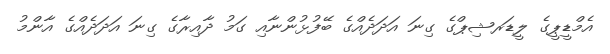
އެމްޑީޕީގެ ލީޑަރޝިޕްގެ ގިނަ އަދަދެއްގެ ބޭފުޅުންނާއި ގަމު ދާއިރާގެ ގިނަ އަދަދެއްގެ އާންމު